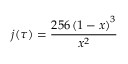
j ( \tau ) = { \frac { 2 5 6 \left( 1 - x \right) ^ { 3 } } { x ^ { 2 } } }